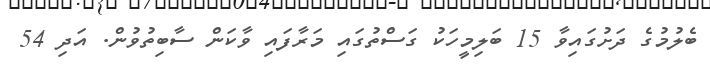
ބެލުމުގެ ދަށުގައިވާ 15 ބަލިމީހަކު ގަސްތުގައި މަރާފައި ވާކަން ސާބިތުވުން. އަދި 54